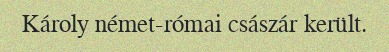
Károly német-római császár került.